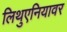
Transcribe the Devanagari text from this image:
लिथुएनियावर